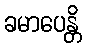
ခမာပေန္တိ